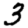
Digit: 3